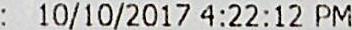
: 10/10/2017 4:22:12 PM